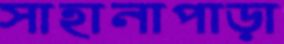
সাহানাপাড়া